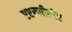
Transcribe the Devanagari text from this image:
एएसपीसीए